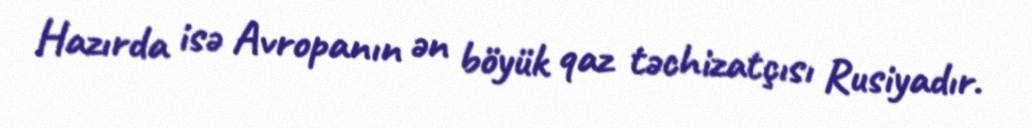
Hazırda isə Avropanın ən böyük qaz təchizatçısı Rusiyadır.